Tartu_Kolgata_baptistikogudus, lk 18
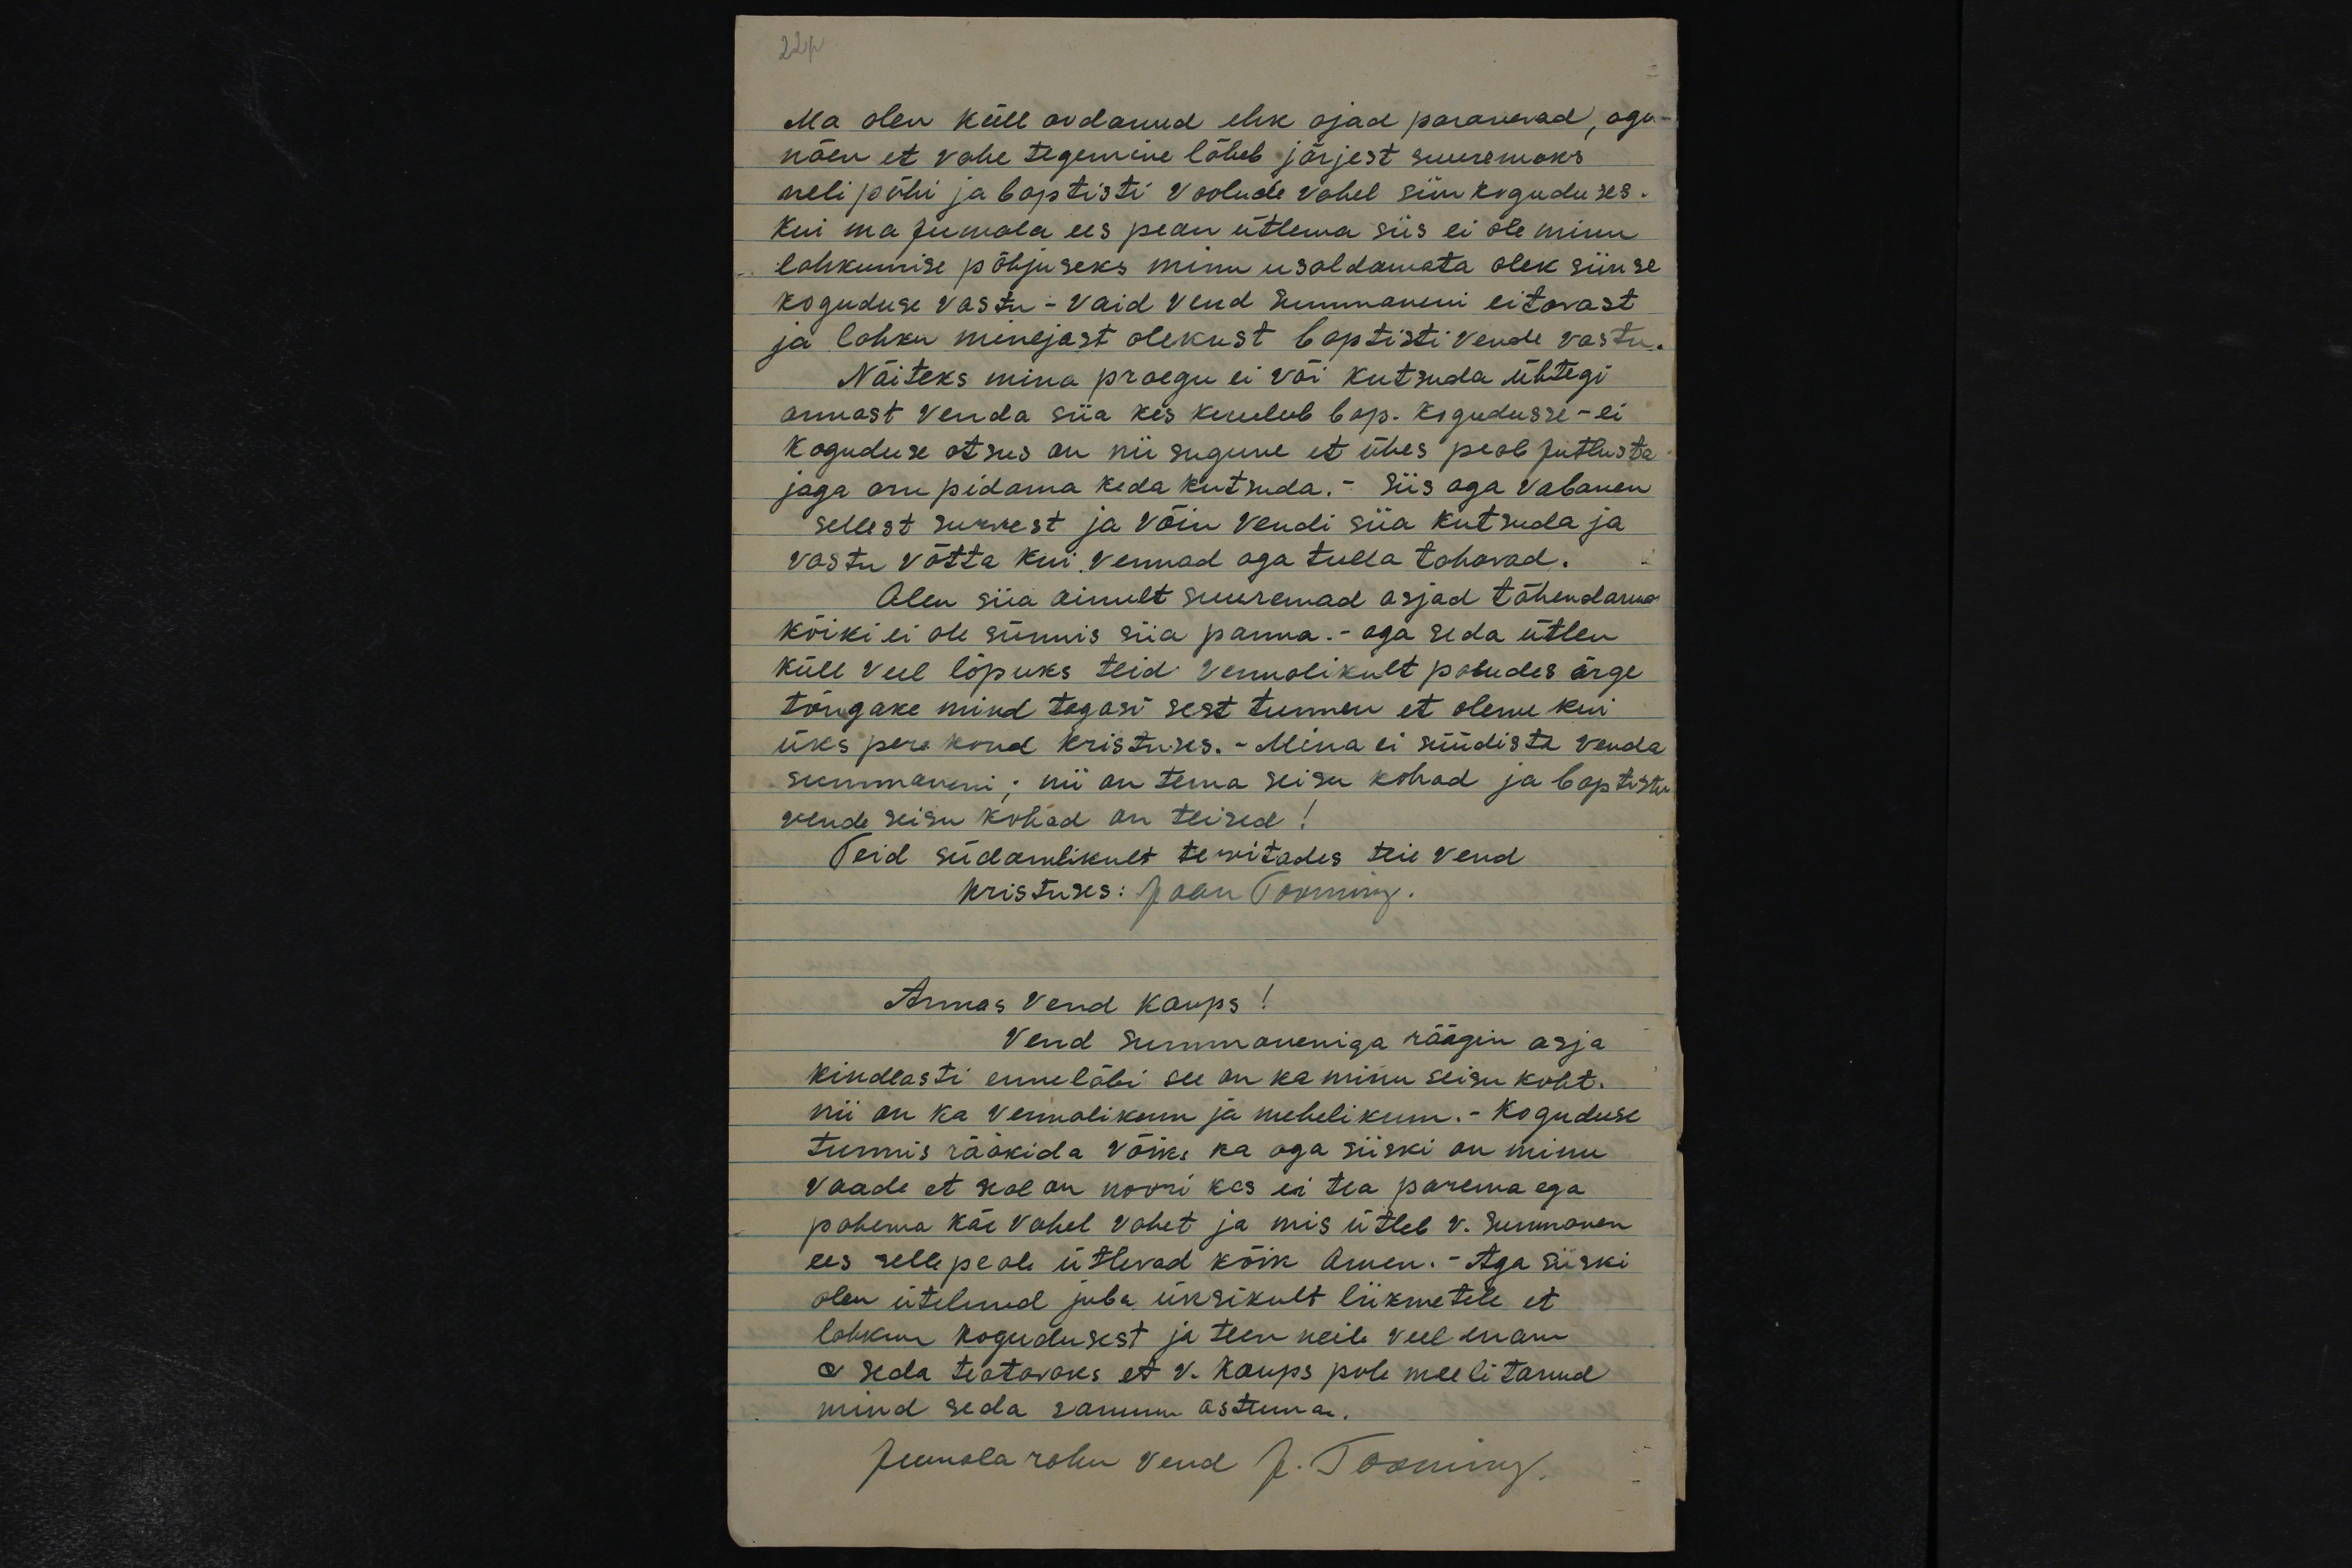
22p

Ma olen küll oodanud ehk ajad paranevad, aga-
näen et vahe tegemine läheb järjest suuremaks
neli pühi ja baptisti Voolude vahel siin koguduses.
Kui ma Jumala ees pean ütlema siis ei ole minu
lahkumise põhjuseks minu usaldamata olek siinse
koguduse vastu - vaid vend Summaneni eitavast
ja lahku minejast olekust baptisti vende vastu.
Näiteks mina praegu ei või kutsuda ühtegi
armast venda siia kes kuulub bap. kogudusse - ei
koguduse otsus on nii sugune et ühes peab Jutlusta
jaga aru pidama keda kutsuda.- Siis aga vabanen
sellest survest ja võin vendi siia kutsuda ja
vastu võtta kui vennad aga tulla tahavad.
Olen siia ainult suuremad asjad tähendama
kõiki ei ole sünnis siia panna.- aga seda ütlen
küll veel lõpuks teid vennalikult paludes ärge
tõugake mind tagasi sest tunnen et oleme kui
üks pere kond kristuses.- Mina ei süüdista venda
Summaneni; nii on tema seisu kohad ja baptistu
vende seisu kohad on teised!
Teid südamlikult tervitades teie vend
Kristuses: Jaan Tooming.
Armas vend Kaups!
Vend Summaneniga räägin asja
kindlasti enne läbi see on ka minu seisu koht.
nii on ka vennalikum ja mehelikum.- Koguduse
tunnis rääkida võiks ka aga siiski on minu
vaade et seal on noori kes ei tea parema ega
pahema käe vahel vahet ja mis ütleb v. Summanen
ees sellepeale ütlevad kõik Amen.- Aga siiski
olen ütelnud juba üksikult liikmetele et
lahkun kogudusest ja teen neile veel enam
seda teatavaks, et v. Kaups pole meelitanud
mind seda sammu astuma.
Jumala rahu vend J. Tooming.